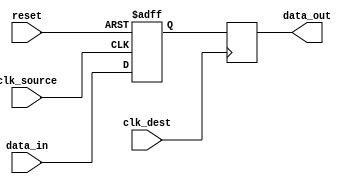
module two_flop_synchronizer (
    input wire clk_source,
    input wire clk_dest,
    input wire reset,
    input wire data_in,
    output reg data_out
);

reg flop1_out;
reg data_out_reg;

always @(posedge clk_source or posedge reset) begin
    if (reset) begin
        flop1_out <= 1'b0;
    end else begin
        flop1_out <= data_in;
    end
end

always @(posedge clk_dest) begin
    data_out_reg <= flop1_out;
end

assign data_out = data_out_reg;

endmodule